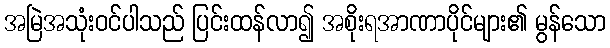
အမြဲအသုံးဝင်ပါသည် ပြင်းထန်လာ၍ အစိုးရအာဏာပိုင်များ၏ မွန်သော